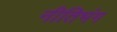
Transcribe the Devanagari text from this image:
नीतिभंग